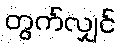
တွက်လျှင်